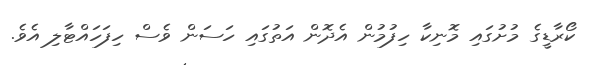
ކޯރާޑީގެ މުށުގައި މޮނިކާ ހިފުމުން އެދޮން އަތުގައި ހަސަން ވެސް ހިފަހައްޓާލި އެވެ.